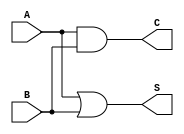
module Threshold_Half_Adder (
    input wire A,  // First binary input
    input wire B,  // Second binary input
    output wire S, // Sum output
    output wire C  // Carry output
);

// Threshold logic implementation
assign S = A | B;  // S = A OR B
assign C = A & B;  // C = A AND B

endmodule